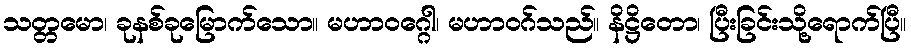
သတ္တမော၊ ခုနစ်ခုမြောက်သော။ မဟာဝဂ္ဂေါ၊ မဟာဝဂ်သည်။ နိဋ္ဌိတော၊ ပြီးခြင်းသို့ရောက်ပြီ။